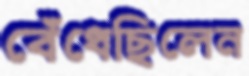
বেঁধেছিলেন